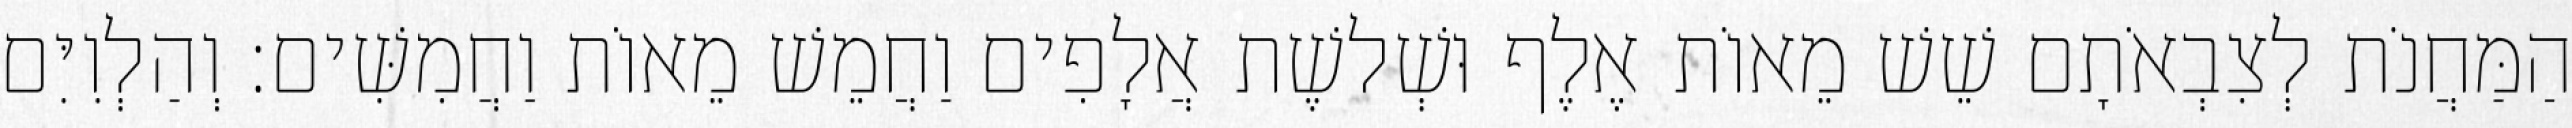
הַמַּחֲנֹת לְצִבְאֹתָם שֵׁשׁ מֵאוֹת אֶלֶף וּשְׁלשֶׁת אֲלָפִים וַחֲמֵשׁ מֵאוֹת וַחֲמִשִּׁים׃ וְהַלְוִיִּם